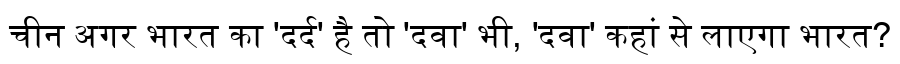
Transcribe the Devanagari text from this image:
चीन अगर भारत का 'दर्द' है तो 'दवा' भी, 'दवा' कहां से लाएगा भारत?